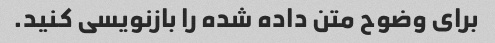
برای وضوح متن داده شده را بازنویسی کنید.